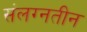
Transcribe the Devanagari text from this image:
संलग्नतीन